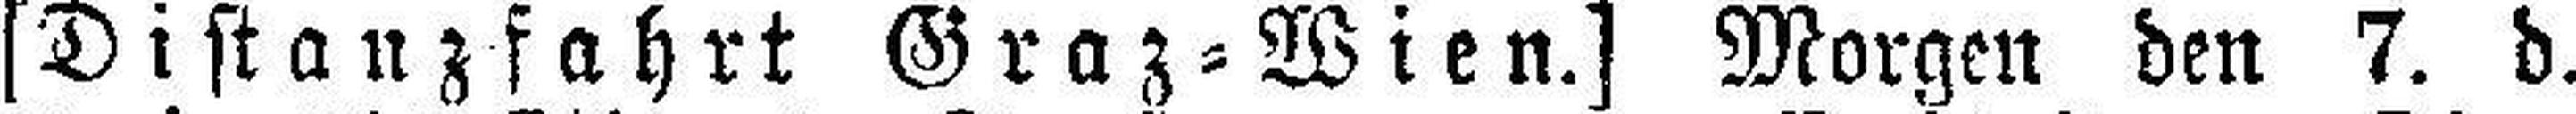
[Distanzfahrt Graz=Wien.] Morgen den 7. d.